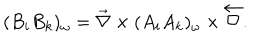
( B _ { i } B _ { k } ) _ { \omega } = \overrightarrow { { \bf \nabla } } \times ( A _ { i } A _ { k } ) _ { \omega } \times \overleftarrow { { \bf \nabla } } .